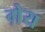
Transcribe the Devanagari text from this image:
ग़ेय